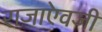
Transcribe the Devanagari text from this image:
राजाएेवजी